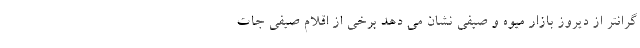
گرانتر از دیروز بازار میوه و صیفی نشان می دهد برخی از اقلام صیفی جات